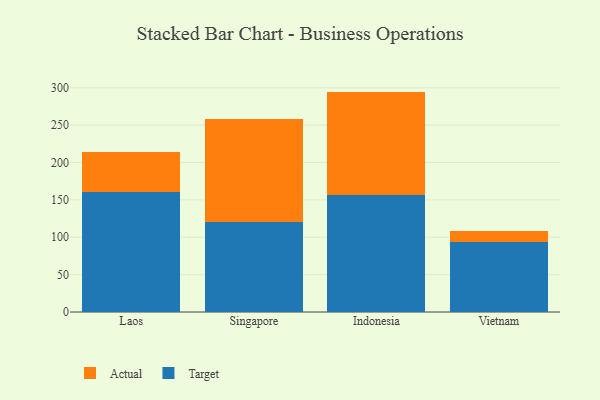
{"axis": {"x": "Country", "y": "Backlog"}, "legend": ["Actual", "Target"], "data": [{"x": "Laos", "y": 160.5, "type": "Target"}, {"x": "Laos", "y": 53.1, "type": "Actual"}, {"x": "Singapore", "y": 120.5, "type": "Target"}, {"x": "Singapore", "y": 138.4, "type": "Actual"}, {"x": "Indonesia", "y": 157.0, "type": "Target"}, {"x": "Indonesia", "y": 137.9, "type": "Actual"}, {"x": "Vietnam", "y": 94.1, "type": "Target"}, {"x": "Vietnam", "y": 14.4, "type": "Actual"}]}